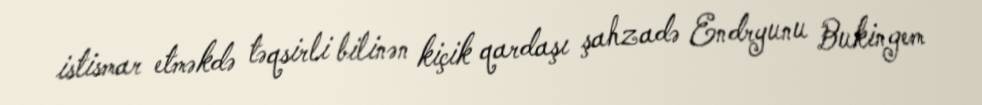
istismar etməkdə təqsirli bilinən kiçik qardaşı şahzadə Endryunu Bukingem